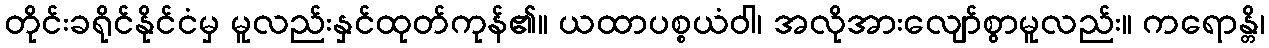
တိုင်းခရိုင်နိုင်ငံမှ မူလည်းနှင်ထုတ်ကုန်၏။ ယထာပစ္စယံဝါ၊ အလိုအားလျော်စွာမူလည်း။ ကရောန္တိ၊